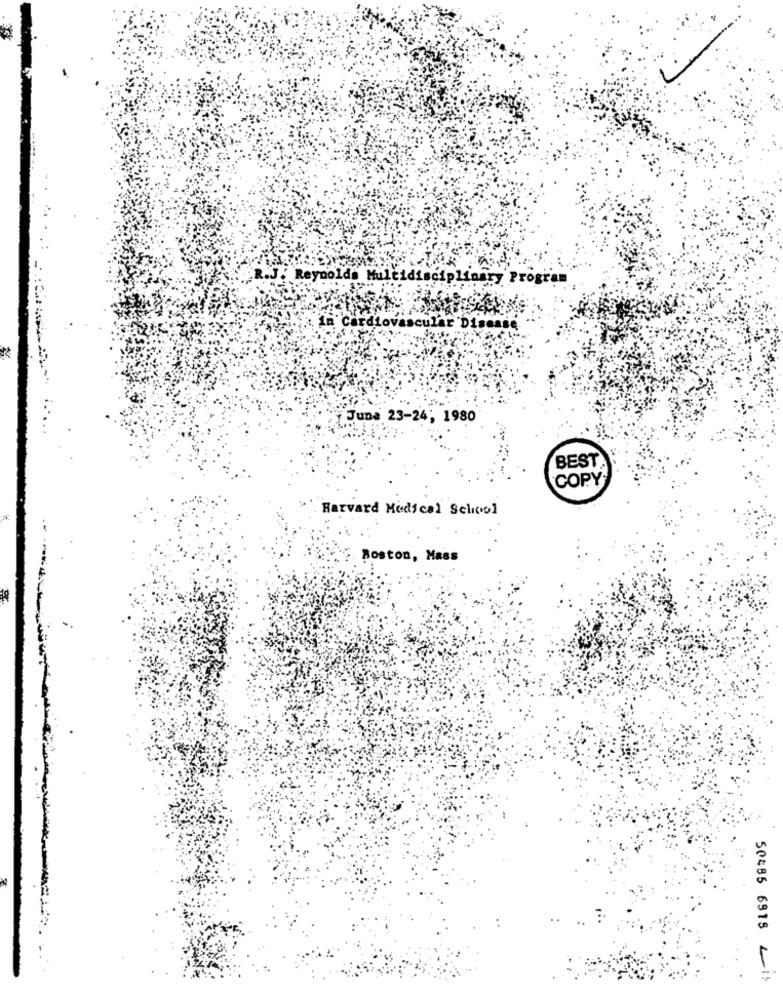
R.J. Reynolds Multidisciplinary Program
scular Dise
June 23-24; 1980
BEST
COPY
Harvard Medical School
Boston, Mass
50486 6978 2 5